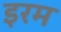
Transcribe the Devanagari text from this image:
इरम